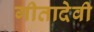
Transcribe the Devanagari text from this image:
गीतादेवी